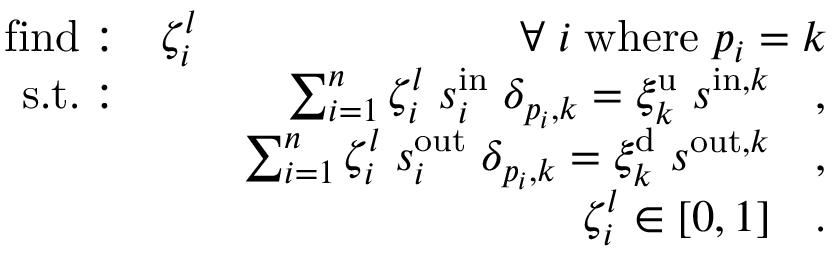
\begin{array} { r l r } { \mathrm { f i n d : } } & { \zeta _ { i } ^ { l } } & { \forall \; i \; \mathrm { w h e r e } \; p _ { i } = k } \\ { \mathrm { s . t . : } } & { } & { \sum _ { i = 1 } ^ { n } \zeta _ { i } ^ { l } \; s _ { i } ^ { \mathrm { i n } } \; \delta _ { p _ { i } , k } = \xi _ { k } ^ { \mathrm { u } } \; s ^ { \mathrm { i n } , k } \quad , } \\ & { } & { \sum _ { i = 1 } ^ { n } \zeta _ { i } ^ { l } \; s _ { i } ^ { \mathrm { o u t } } \; \delta _ { p _ { i } , k } = \xi _ { k } ^ { \mathrm { d } } \; s ^ { \mathrm { o u t } , k } \quad , } \\ & { } & { \zeta _ { i } ^ { l } \in [ 0 , 1 ] \quad . } \end{array}